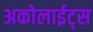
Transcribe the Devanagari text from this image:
अकोलाईट्स